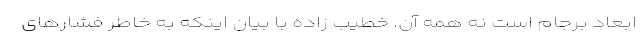
ابعاد برجام است نه همه آن. خطیب زاده با بیان اینکه به خاطر فشارهای